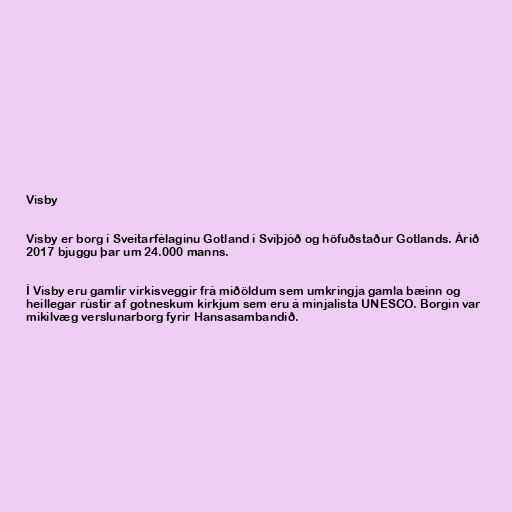
Visby

Visby er borg í Sveitarfélaginu Gotland í Svíþjóð og höfuðstaður Gotlands. Árið
2017 bjuggu þar um 24.000 manns.

Í Visby eru gamlir virkisveggir frá miðöldum sem umkringja gamla bæinn og
heillegar rústir af gotneskum kirkjum sem eru á minjalista UNESCO. Borgin var
mikilvæg verslunarborg fyrir Hansasambandið.